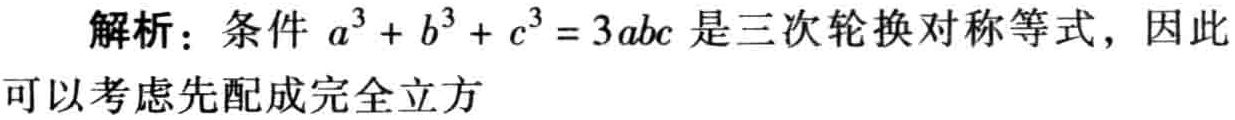
解析：条件 \(a^{3}+b^{3}+c^{3}=3abc\) 是三次轮换对称等式，因此可以考虑先配成完全立方